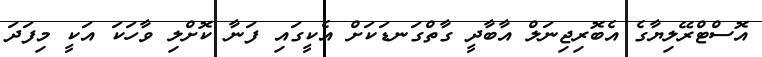
އޮސްޓްރޭލިޔާގެ އެބޮރިޖިނަލް އާބާދީ ގާތްގަނޑަކަށް އެކީގައި ފަނާ ކޮށްލި ވާހަކަ އަކީ މިފަދަ